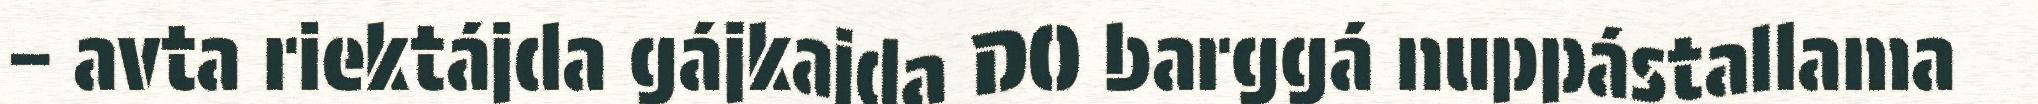
– avta riektájda gájkajda DO barggá nuppástallama